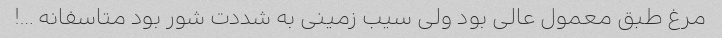
مرغ طبق معمول عالی بود ولی سیب زمینی به شددت شور بود متاسفانه …!